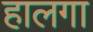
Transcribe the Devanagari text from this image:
हालगा